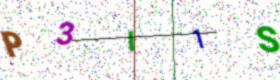
Text: P3I1S